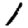
Digit: 1